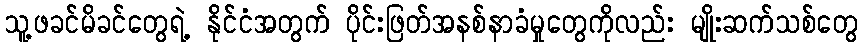
သူ့ဖခင်မိခင်တွေရဲ့ နိုင်ငံအတွက် ပိုင်းဖြတ်အနစ်နာခံမှုတွေကိုလည်း မျိုးဆက်သစ်တွေ